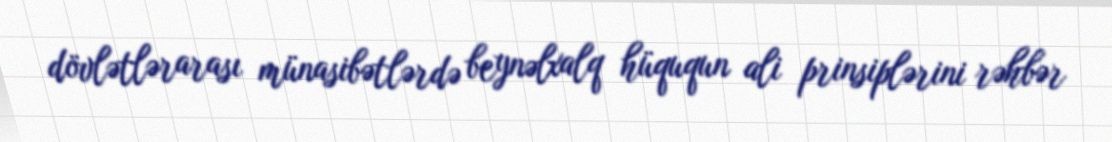
dövlətlərarası münasibətlərdə beynəlxalq hüququn ali prinsiplərini rəhbər